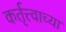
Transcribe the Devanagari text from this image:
कर्तृत्त्वाच्या